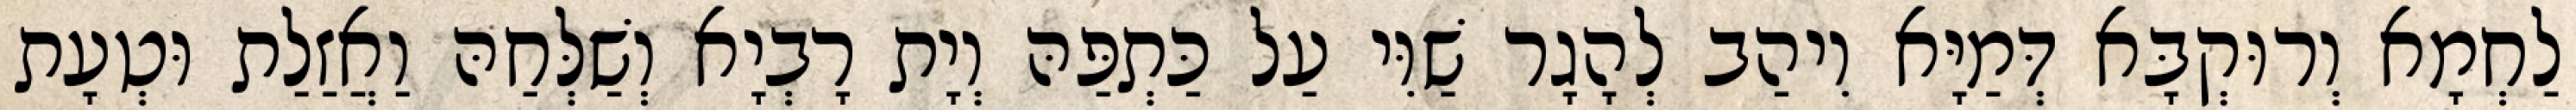
לַחְמָא וְרוּקְבָּא דְּמַיָּא וִיהַב לְהָגָר שַׁוִּי עַל כַּתְפַּהּ וְיָת רָבְיָא וְשַׁלְּחַהּ וַאֲזַלַת וּטְעָת